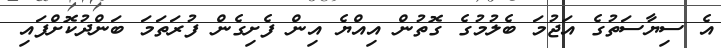
އެ ސިޔާސަތުގެ އަޖުމަ ބެލުމުގެ ގޮތުން އިއްޔެ އިން ފެށިގެން ފުރަތަމަ ބަންދުކޮށްފައި